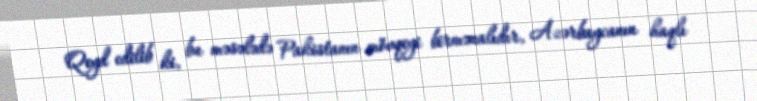
Qeyd edilib ki, bu məsələdə Pakistanın mövqeyi birmənalıdır, Azərbaycanın haqlı